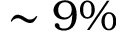
\sim 9 \%